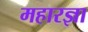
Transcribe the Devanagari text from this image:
महारज्ञा